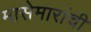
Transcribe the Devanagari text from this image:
मासेमारांची